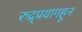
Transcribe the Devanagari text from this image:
रुद्र्प्रयागहून